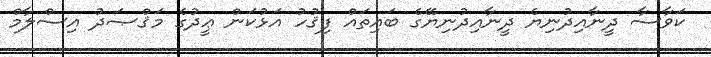
ކަވާސާ ދީނާއިދުނިޔެ ދީނާއިދުނިޔޭގެ ބައިތައް ފިޤުހު އަޅުކަން ޢީދުގެ މަޤްޞަދު އިސްލާމް